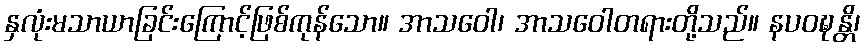
နှလုံးမသာယာခြင်းကြောင့်ဖြစ်ကုန်သော။ အာသဝေါ၊ အာသဝေါတရားတို့သည်။ နပဝဍ္ဎန္တိ၊